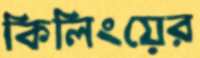
কিলিংয়ের